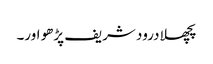
پچھلا درود شریف پڑھو اور۔